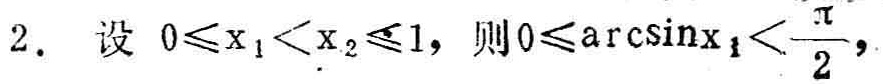
2. 设 \(0\leqslant x_{1}<x_{2}\leqslant1\)，则 \(0\leqslant\arcsin x_{1}<\frac{\pi}{2}\)，